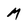
Character: M